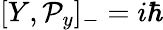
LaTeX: [Y,\mathcal{P}_{y}]_{-}=i\hbar